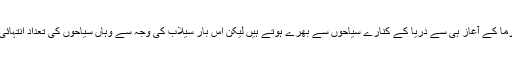
موسم گرما کے آغاز ہی سے دریا کے کنارے سیاحوں سے بھرے ہوتے ہیں لیکن اس بار سیلاب کی وجہ سے وہاں سیاحوں کی تعداد انتہائی کم ہے۔